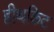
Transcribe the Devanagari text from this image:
हीथकिट